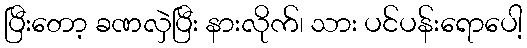
ပြီးတော့ ခဏလှဲပြီး နားလိုက်၊ သား ပင်ပန်းရောပေါ့